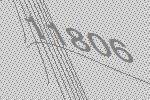
11806